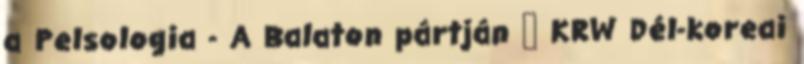
a Pelsologia - A Balaton pártján ₩ KRW Dél-koreai